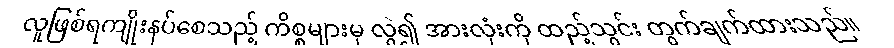
လူဖြစ်ရကျိုးနပ်စေသည့် ကိစ္စများမှ လွဲ၍ အားလုံးကို ထည့်သွင်း တွက်ချက်ထားသည်။